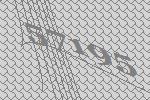
57195